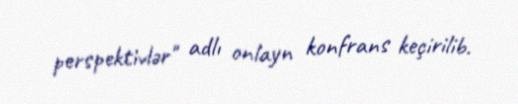
perspektivlər" adlı onlayn konfrans keçirilib.